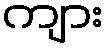
ကျား